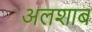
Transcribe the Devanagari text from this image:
अलशाब